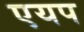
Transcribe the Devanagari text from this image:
एयप